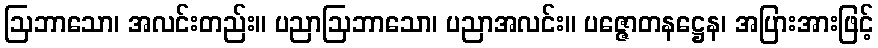
ဩဘာသော၊ အလင်းတည်း။ ပညာဩဘာသော၊ ပညာအလင်း။ ပဇ္ဇောတနဋ္ဌေန၊ အပြားအားဖြင့်